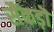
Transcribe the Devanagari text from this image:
सैंकड़ॊ